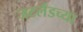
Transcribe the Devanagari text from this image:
जटलँडच्या